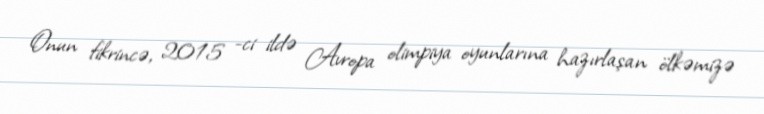
Onun fikrincə, 2015 -ci ildə Avropa olimpiya oyunlarına hazırlaşan ölkəmizə